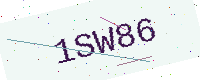
Text: 1SW86